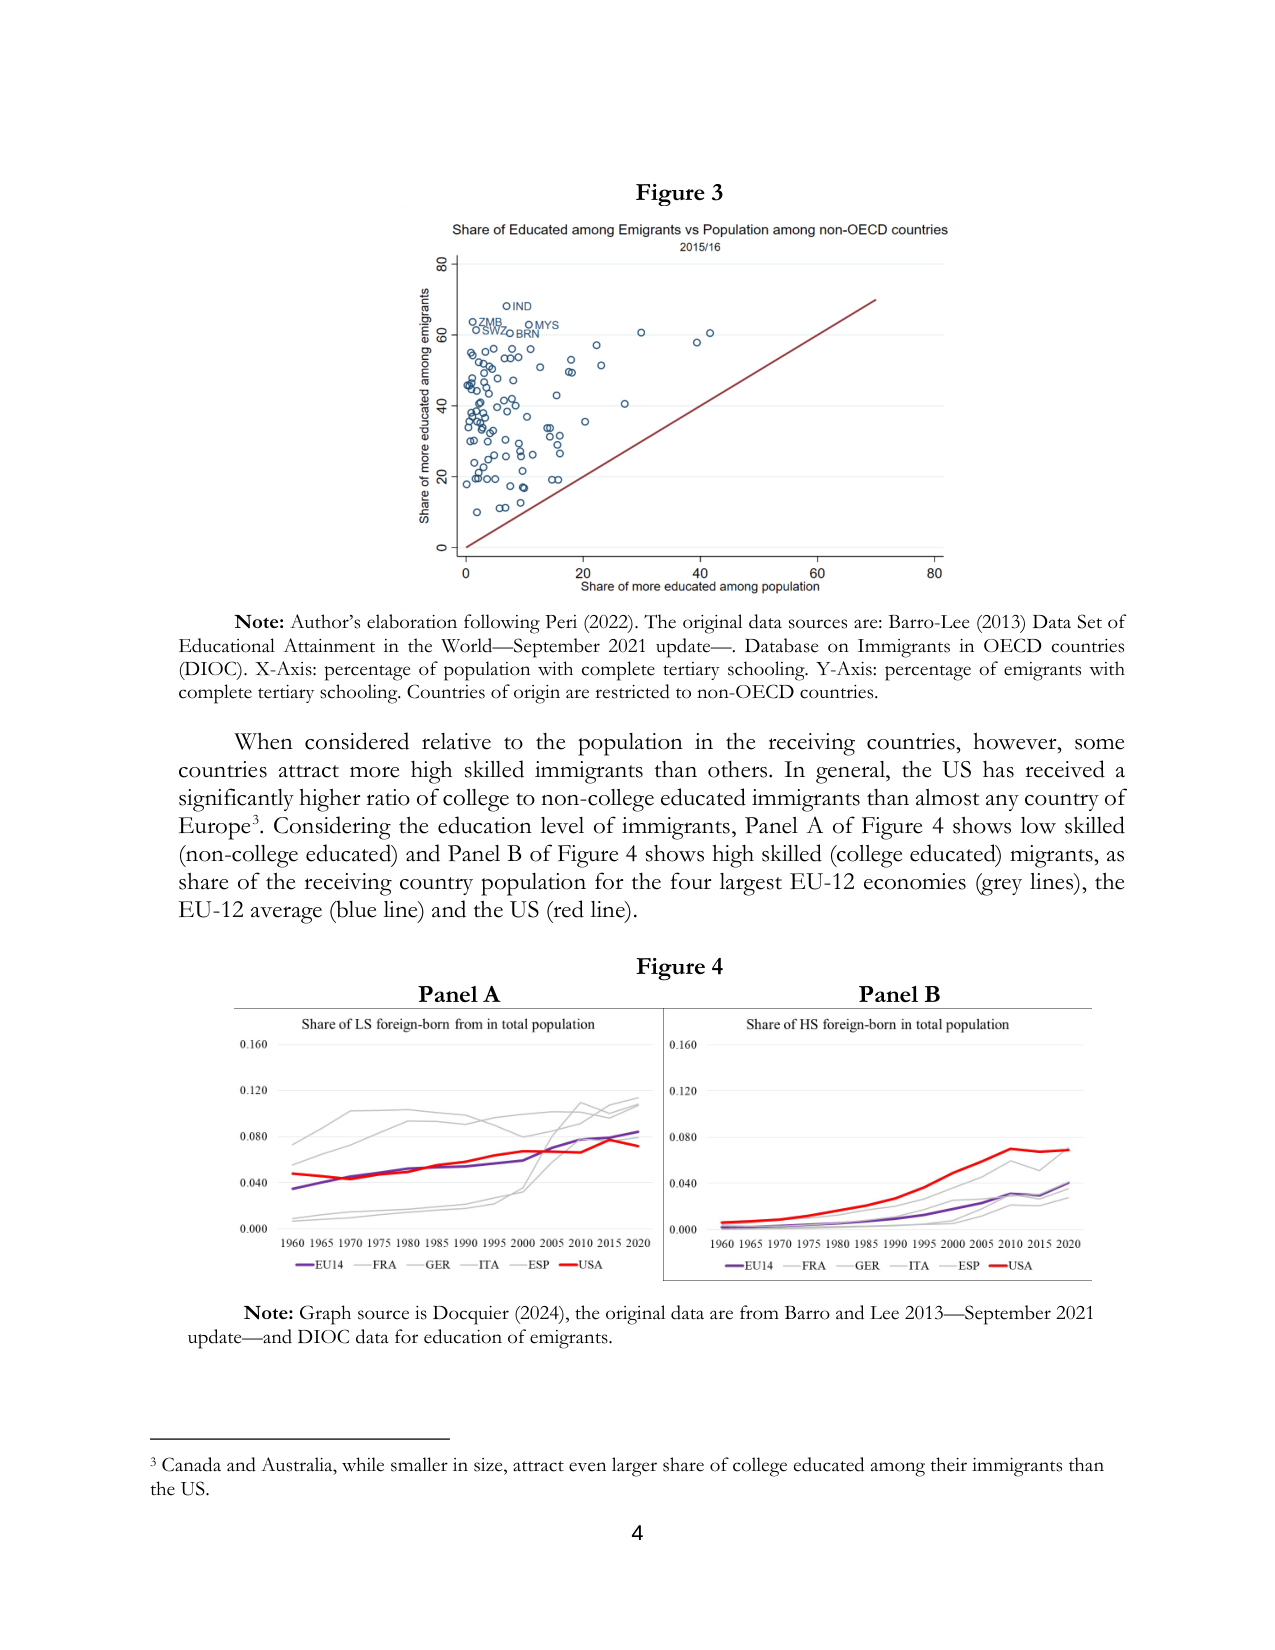
Figure 3
Share of Educated among Emigrants vs Population among non-OECD countries
2015/16

Share of more educated among emigrants
0 20 40 60 80
Share of more educated among population
0 20 40 60 80

O IND
O ZMB
O MYS
O SVN
O BRN

Note: Author’s elaboration following Peri (2022). The original data sources are: Barro-Lee (2013) Data Set of Educational Attainment in the World—September 2021 update—, Database on Immigrants in OECD countries (DIOC). X-Axis: percentage of population with complete tertiary schooling. Y-Axis: percentage of emigrants with complete tertiary schooling. Countries of origin are restricted to non-OECD countries.

When considered relative to the population in the receiving countries, however, some countries attract more high skilled immigrants than others. In general, the US has received a significantly higher ratio of college to non-college educated immigrants than almost any country of Europe³. Considering the education level of immigrants, Panel A of Figure 4 shows low skilled (non-college educated) and Panel B of Figure 4 shows high skilled (college educated) migrants, as share of the receiving country population for the four largest EU-12 economies (grey lines), the EU-12 average (blue line) and the US (red line).

Figure 4
Panel A
Panel B

Share of LS foreign-born from in total population
0.160
0.120
0.080
0.040
0.000
1960 1965 1970 1975 1980 1985 1990 1995 2000 2005 2010 2015 2020
— EU14 — FRA — GER — ITA — ESP — USA

Share of HS foreign-born in total population
0.160
0.120
0.080
0.040
0.000
1960 1965 1970 1975 1980 1985 1990 1995 2000 2005 2010 2015 2020
— EU14 — FRA — GER — ITA — ESP — USA

Note: Graph source is Docquier (2024), the original data are from Barro and Lee 2013—September 2021 update—and DIOC data for education of emigrants.

³ Canada and Australia, while smaller in size, attract even larger share of college educated among their immigrants than the US.

4